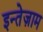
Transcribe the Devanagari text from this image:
इन्तेज़ाम